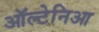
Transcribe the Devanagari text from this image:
ऑल्टेनिआ